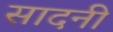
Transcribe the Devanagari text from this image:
सादनी